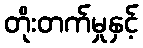
တိုးတက်မှုနှင့်